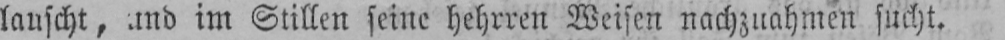
lauscht, und im Stillen seine hehrren Weisen nachzuahmen sucht.